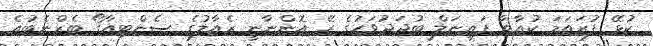
ކުޅޭ ފުރަތަމަ ކުއާޓާ ފައިނަލް ބުދަދުވަހުގެ ރޭ އޮންނާނީ ރެއާލުގެ ސެންޓިއާގޯ ބެރްނެބުއެ